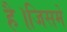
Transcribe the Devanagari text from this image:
है।जिसमे